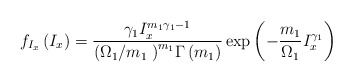
\begin{align*}{{f}_{{{I}_{x}}}}\left( {{I}_{x}} \right)=\frac{{{\gamma }_{1}}I_{x}^{{{m}_{1}}{{\gamma }_{1}}-1}}{{{\left( {{{\Omega }_{1}}}/{{{m}_{1}}}\; \right)}^{{{m}_{1}}}}\Gamma \left( {{m}_{1}} \right)}\exp \left( -\frac{{{m}_{1}}}{{{\Omega }_{1}}}I_{x}^{{{\gamma }_{1}}} \right)\end{align*}